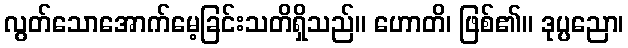
လွတ်သောအောက်မေ့ခြင်းသတိရှိသည်။ ဟောတိ၊ ဖြစ်၏။ ဒုပ္ပညော၊